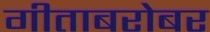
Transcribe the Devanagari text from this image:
गीताबरोबर